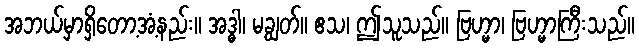
အဘယ်မှာရှိတော့အံ့နည်း။ အဒ္ဓါ၊ မချွတ်။ ဧသ၊ ဤသူသည်။ ဗြဟ္မာ၊ ဗြဟ္မာကြီးသည်။